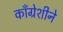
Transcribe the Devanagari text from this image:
काँग्रेशीने